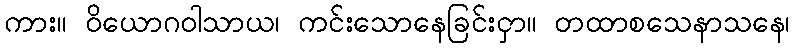
ကား။ ဝိယောဂဝါသာယ၊ ကင်းသောနေခြင်းငှာ။ တထာစသေနာသနေ၊